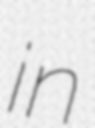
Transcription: in